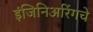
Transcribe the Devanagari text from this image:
इंजिनिअरिंगचे